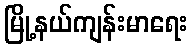
မြို့နယ်ကျန်းမာရေး